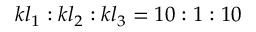
k l _ { 1 } : k l _ { 2 } : k l _ { 3 } = 1 0 : 1 : 1 0